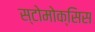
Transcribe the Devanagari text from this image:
स्टोमोक्सिस